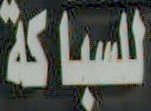
للسباكة